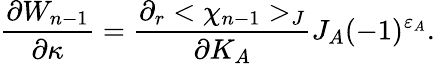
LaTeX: {\frac{\partial W_{n-1}}{\partial\kappa}}={\frac{\partial_{r}<\chi_{n-1}>_{J}}{\partial K_{A}}}J_{A}(-1)^{\varepsilon_{A}}.